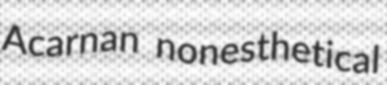
Acarnan nonesthetical